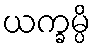
ယက္ခမ္ပိ